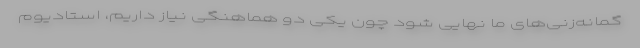
گمانه‌زنی‌های ما نهایی شود چون یکی دو هماهنگی نیاز داریم، استادیوم